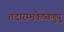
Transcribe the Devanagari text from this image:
तदारम्भकेष्वणुषु